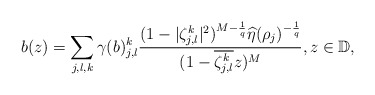
\begin{align*}b(z)=\sum_{j,l,k}\gamma(b)_{j,l}^{k}\frac{(1-|\zeta_{j,l}^{k}|^{2})^{M-\frac{1}{q}}\widehat{\eta}(\rho_{j})^{-\frac{1}{q}}}{(1-\overline{\zeta_{j,l}^{k}}z)^{M}},z\in\mathbb{D},\end{align*}